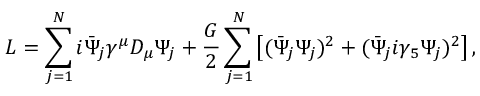
{ \cal L } = \sum _ { j = 1 } ^ { N } i \bar { \Psi } _ { j } \gamma ^ { \mu } D _ { \mu } \Psi _ { j } + \frac { G } { 2 } \sum _ { j = 1 } ^ { N } \left[ ( \bar { \Psi } _ { j } \Psi _ { j } ) ^ { 2 } + ( \bar { \Psi } _ { j } i \gamma _ { 5 } \Psi _ { j } ) ^ { 2 } \right] ,